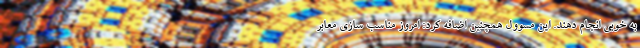
به خوبی انجام دهند. این مسوول همچنین اضافه کرد: امروز مناسب سازی معابر